Document type: Sale
Year: 1430
Scribe: [Unknown]
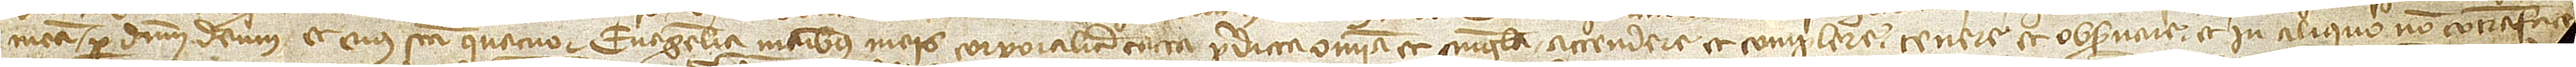
meam et per Dominum Deum et eius sancta quatuo Evangelia, manibus meis corporaliter tacta, predicta omnia et singula attendere et complere, tenere et observare et in aliquo non contraface[re vel]